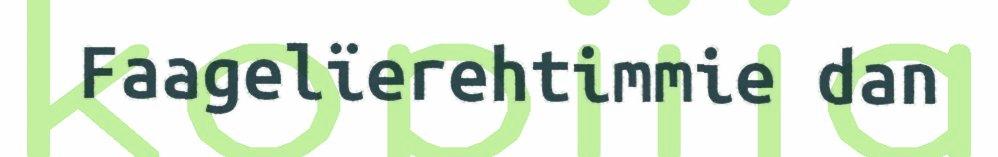
Faagelïerehtimmie dan